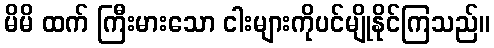
မိမိ ထက် ကြီးမားသော ငါးများကိုပင်မျိုနိုင်ကြသည်။